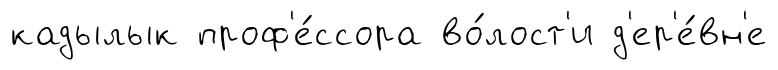
кадылык проф'е́ссора во́лост'и д'ер'е́вн'е